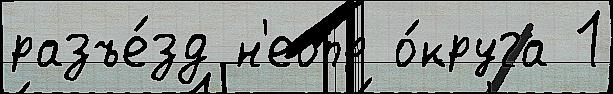
разъе́зд н'еопр о́круга 1